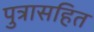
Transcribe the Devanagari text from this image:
पुत्रासहित